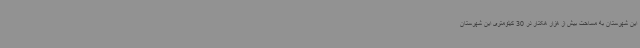
این شهرستان به مساحت بیش از هزار هکتار در 30 کیلومتری این شهرستان